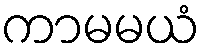
ကာမမယံ